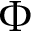
\Phi